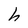
Character: h